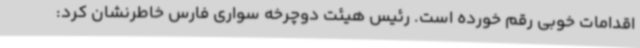
اقدامات خوبی رقم خورده است. رئیس هیئت دوچرخه سواری فارس خاطرنشان کرد: